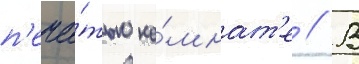
п'еча́тью ко́мнат'е // В